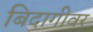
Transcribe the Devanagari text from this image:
बिदागीवर